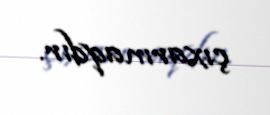
çıxarmaqdır.